Triigi_(Aleksandri)_vallavalitsus_Harjumaal, lk 19
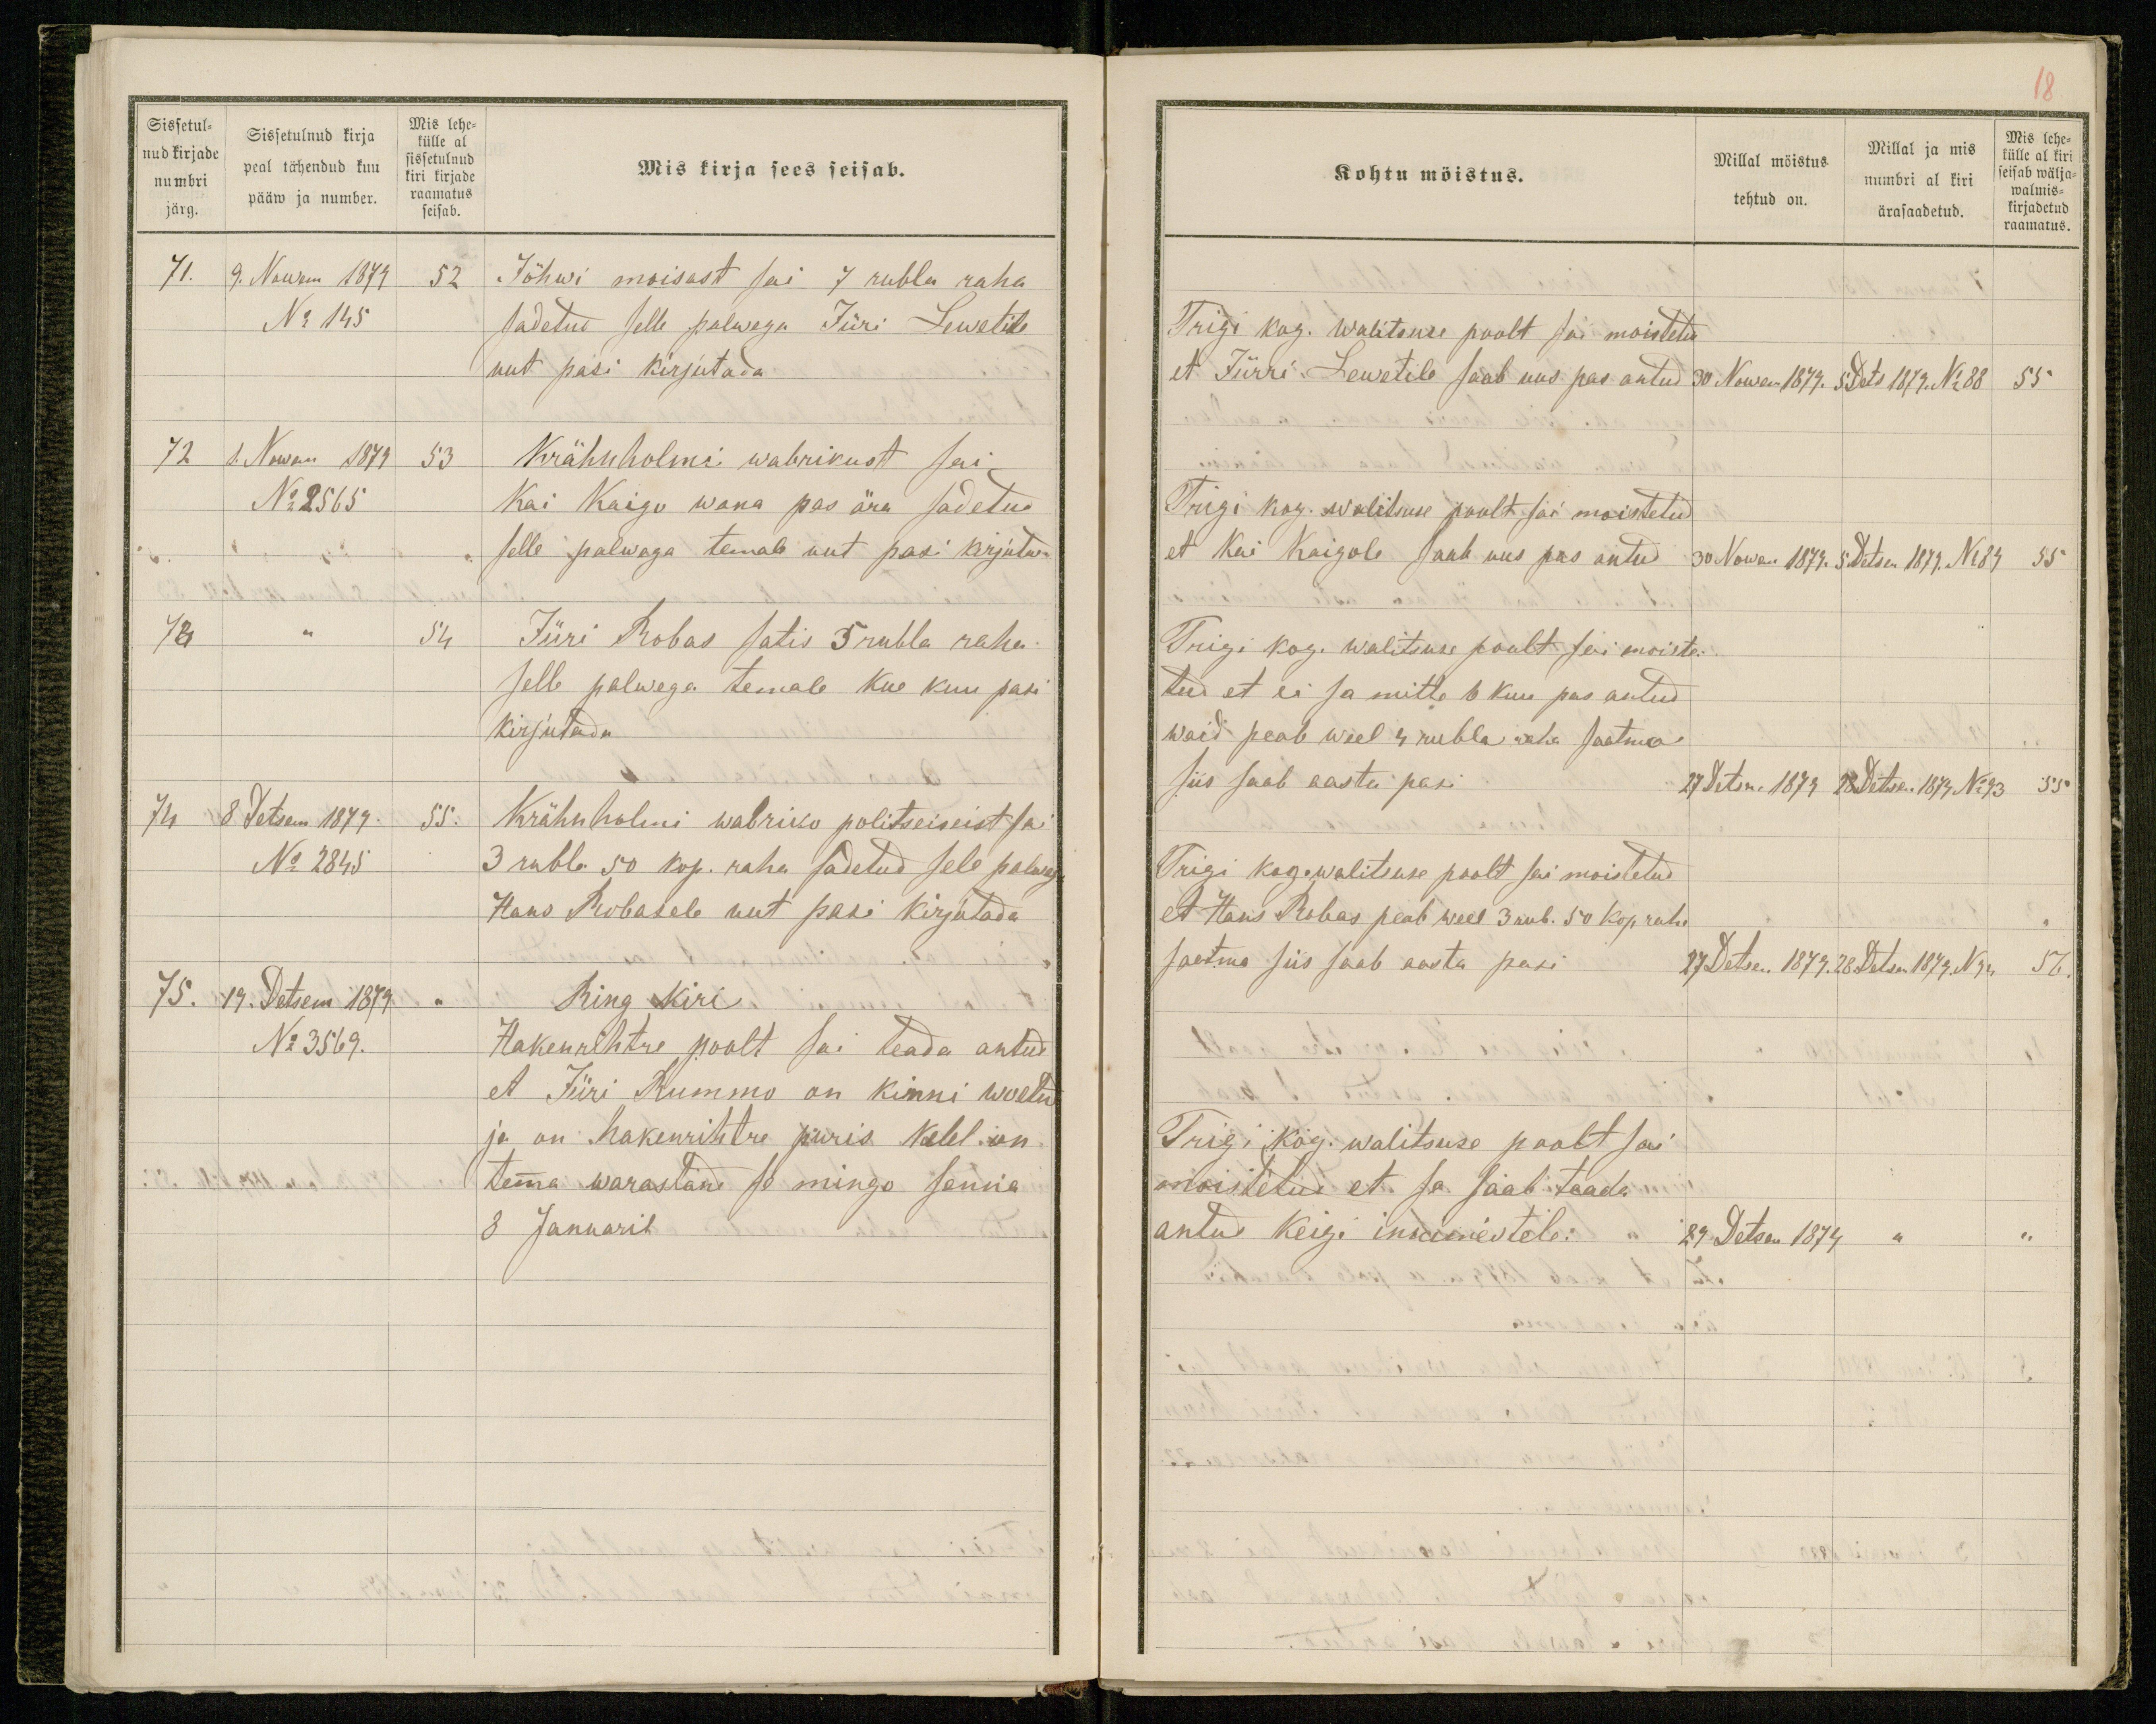
Sissetul-
nud kirjade
numbri
järg.
Sissetulnud kirja
peal tähendud kuu
pääw ja number.
Mis lehe-
külle al
sissetulnud
kiri kirjade
raamatus
seisab.
Mis kirja sees seisab.
71. 9. Nowem 1879 52
Jõhwi moisast sai 7 rubla raha
No 145
sadetud selle palwega Jüri Lewetile
uut pasi kirjutada.
72 1. Nowem 1879 53
Krähnholmi wabrikust sai
No 2565
Kai Kaigo wana pas ära sadetud
selle palwega temale uut pasi kirjuta
73 " 54
Jüri Robas satis 5 rubla raha
selle palwega temale kue kuu pasi
kirjutada
74 8 Detsem 1879 55.
Krähnholmi wabriko politseiseist sai
No 2845
3 rubla 50 kop. raha sadetud sele palwega
Hans Robasele uut pasi kirjutada
75. 19. Detsem 1879 "
Ring Kiri
No 3569.
Hakenrihtre poolt sai teada antud
et Jüri Rummo on kinni woetud
ja on hakenrihtre puris Kelel on
temma warastand se mingo senna
8 Januaril

18
Kohtu möistus.
Millal möistus
tehtud on.
Millal ja mis
numbri al kiri
ärasaadetud.
Mis lehe-
külle al kiri
seisab wälja-
walmis-
kirjadetud
raamatus.
Trigi kog. walitsuse poolt sai moistetud
et Jürri Lewetile saab uus pas antud
30 Nowem 1879. 5 Dets 1879. No 88 55
Trigi kog. walitsuse poolt sai moistetud
et Kai Kaigole saab uus pas antud
30 Nowem 1879. 5 Detsen 1879. No 89 55
Trigi kog. walitsuse poolt sai moiste-
tud et ei sa mitte 6 kuu pas antud
waid peab weel 4 rubla raha saatma
siis saab aasta pasi
27 Detsen 1879 28 Detsen 1879 No 93 55
Trigi kog. walitsuse poolt sai moistetud
et Hans Robas peab weel 3 rub. 50 kop. raha
saatma siis saab aasta pasi
27 Detsen 1879. 28 Detsen 1879. N 94 56.
Trigi kog. walitsuse poolt sai
moistetud et se saab teada
antud keigi innimestele.
29 Detsen 1879 " "